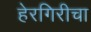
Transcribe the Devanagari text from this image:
हेरगिरीचा